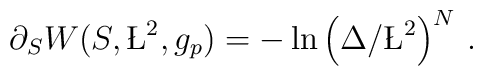
\partial_{S}W(S,\L^{2},g_{p}) = -\ln\left(\Delta /\L^{2}\right)^{N}\, .